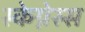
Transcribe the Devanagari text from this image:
स्केग्नेस्स